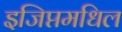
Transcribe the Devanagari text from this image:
इजिप्तमधिल